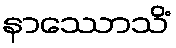
နာဿောသိံ